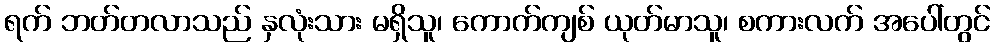
ရက် ဘတ်တလာသည် နှလုံးသား မရှိသူ၊ ကောက်ကျစ် ယုတ်မာသူ၊ စကားလက် အပေါ်တွင်